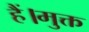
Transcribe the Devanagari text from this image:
हैं।मुक्त